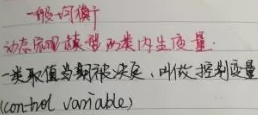
一般 - 可微动态宏观模型有两类内生变量：一类取值为控制决策，叫做控制变量(control variable)